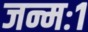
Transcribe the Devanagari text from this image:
जन्मः१